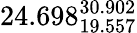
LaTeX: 24.698_{19.557}^{30.902}